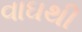
વાઘથી